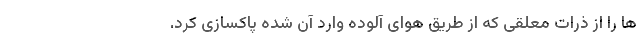
ها را از ذرات معلقی که از طریق هوای آلوده وارد آن شده پاکسازی کرد.